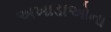
અખાડાઓના